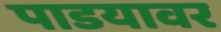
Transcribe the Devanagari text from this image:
पाडयावर